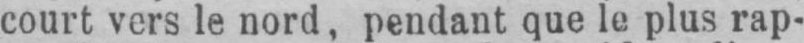
court vers le nord, pendant que le plus rap-